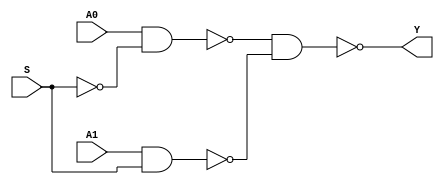
`timescale 1ns / 1ps
//////////////////////////////////////////////////////////////////////////////////
// Company: 
// Engineer: 
// 
// Design Name: 
// Module Name: MUX2X1
// Project Name: 
// Target Devices: 
// Tool Versions: 
// Description: 
// 
// Dependencies: 
// 
// Revision:
// Revision 0.01 - File Created
// Additional Comments:
// 
//////////////////////////////////////////////////////////////////////////////////


module MUX2X1(A0,A1,S,Y);
    input A0,A1,S;
    output Y;
    not i0(S_n,S);
    nand i1(A0_S,A0,S_n);
    nand i2(A1_S,A1,S);
    nand i3(Y,A0_S,A1_S);
endmodule

module MUX2X1_TEST;
    reg A0, A1, S;
    wire Y;
    MUX2X1 MUX2X1_test(.A0(A0),.A1(A1),.S(S),.Y(Y));
        initial begin
            A0 = 1;
            A1 = 0;
            S = 0;
            #20;
            S = 1;
        end
endmodule